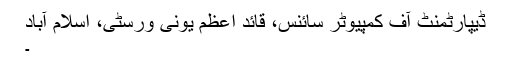
ڈیپارٹمنٹ آف کمپیوٹر سائنس، قائد اعظم یونی ورسٹی، اسلام آباد
۔